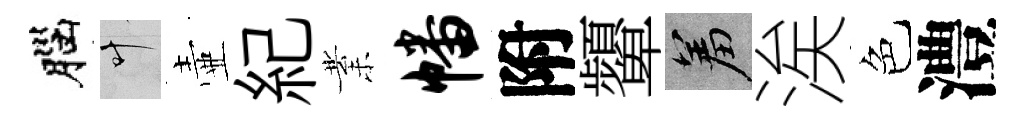
腦叶壷紀業幡附顰羞涘色澧